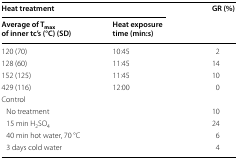
| <COLSPAN=2> Heat treatment | <ROWSPAN=2> GR (%) |
 | Average of Tmax of inner tc’s (°C) (SD) | Heat exposure time (min:s) |
 | --- | --- | --- |
 | 120 (70) | 10:45 | 2 |
 | 128 (60) | 11:45 | 14 |
 | 152 (125) | 11:45 | 10 |
 | 429 (116) | 12:00 | 0 |
 | <COLSPAN=3> Control |
 | <COLSPAN=2> No treatment | 10 |
 | <COLSPAN=2> 15 min H2SO4 | 24 |
 | <COLSPAN=2> 40 min hot water, 70 °C | 6 |
 | <COLSPAN=2> 3 days cold water | 4 |